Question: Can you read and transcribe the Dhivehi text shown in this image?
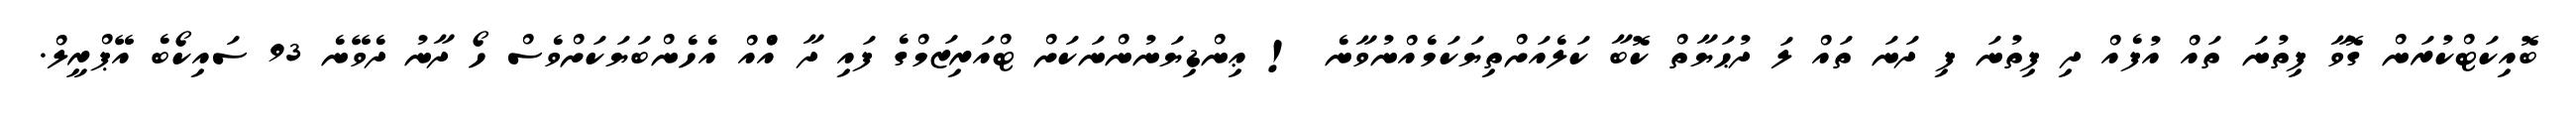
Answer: ބޮއިކަޓްކުރަން ގޮވާ ފިތުނަ ތައް އުފެއް ދި ފިތުނަ ފި ދަނަ ތައް ލަ ދުޙަޔާތް ކޮބާ ކަލެއަށްތިޔަކަމެއްނުވާނެ ! ޢިންޑިޔަނުންނަކަށް ޓްއަރިޒަމްގެ ފައި ދާ އެްއް އެހެންބަޔަކަށްވެސް ހޯ ދާނު ދެވޭނެ 93 ސައިކޯބެ އޭޕްރީލް.